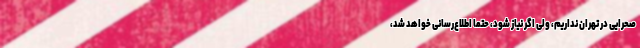
صحرایی در تهران نداریم، ولی اگر نیاز شود، حتما اطلاع‌رسانی خواهد شد،